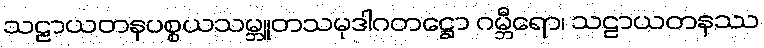
သဠာယတနပစ္စယသမ္ဘူတသမုဒါဂတဋ္ဌော ဂမ္ဘီရော၊ သဠာယတနဿ